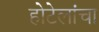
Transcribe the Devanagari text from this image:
होटेलांचा